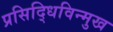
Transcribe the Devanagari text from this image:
प्रसिद्धिविन्मुख